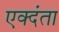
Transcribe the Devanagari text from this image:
एक्दंता